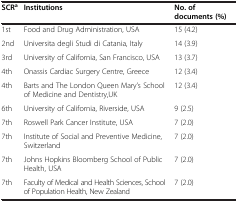
<table><thead><tr><td><b>SCR<sup>a</sup></b></td><td><b>Institutions</b></td><td><b>No. of documents (%)</b></td></tr></thead><tbody><tr><td>1st</td><td>Food and Drug Administration, USA</td><td>15 (4.2)</td></tr><tr><td>2nd</td><td>Universita degli Studi di Catania, Italy</td><td>14 (3.9)</td></tr><tr><td>3rd</td><td>University of California, San Francisco, USA</td><td>13 (3.7)</td></tr><tr><td>4th</td><td>Onassis Cardiac Surgery Centre, Greece</td><td>12 (3.4)</td></tr><tr><td>4th</td><td>Barts and The London Queen Mary’s School of Medicine and Dentistry,UK</td><td>12 (3.4)</td></tr><tr><td>6th</td><td>University of California, Riverside, USA</td><td>9 (2.5)</td></tr><tr><td>7th</td><td>Roswell Park Cancer Institute, USA</td><td>7 (2.0)</td></tr><tr><td>7th</td><td>Institute of Social and Preventive Medicine, Switzerland</td><td>7 (2.0)</td></tr><tr><td>7th</td><td>Johns Hopkins Bloomberg School of Public Health, USA</td><td>7 (2.0)</td></tr><tr><td>7th</td><td>Faculty of Medical and Health Sciences, School of Population Health, New Zealand</td><td>7 (2.0)</td></tr></tbody></table>